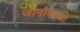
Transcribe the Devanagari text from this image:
जीनोमच्या